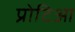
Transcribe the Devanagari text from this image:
प्रोटिआ